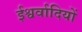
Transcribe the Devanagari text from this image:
ईश्वर्वादियों